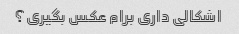
اشکالی داری برام عکس بگیری؟